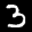
Label: 3